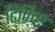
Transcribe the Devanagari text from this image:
टिकिए